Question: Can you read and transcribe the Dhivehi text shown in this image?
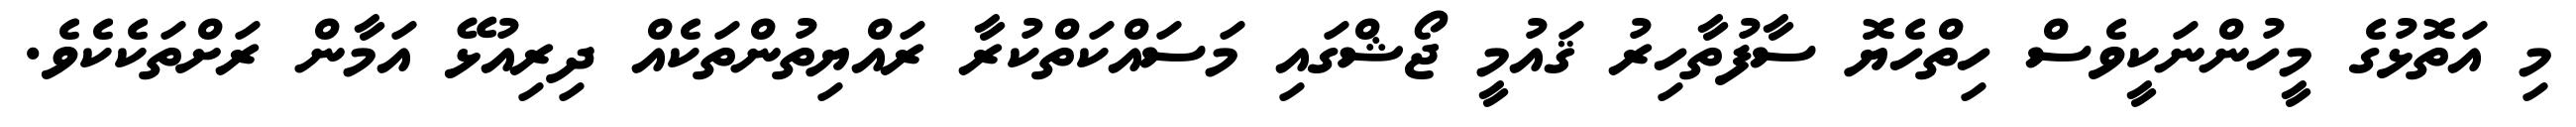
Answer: މި އަތޮޅުގެ މީހުންނަކީވެސް ހިތްހެޔޮ ސާފުތާހިރު ޤައުމީ ޖޯޝްގައި މަސައްކަތްކުރާ ރައްޔިތުންތަކެއް ދިރިއުޅޭ އަމާން ރަށްތަކެކެވެ.